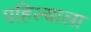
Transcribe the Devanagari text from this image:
पहिल्याला